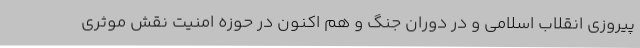
پیروزی انقلاب اسلامی و در دوران جنگ و هم اکنون در حوزه امنیت نقش موثری